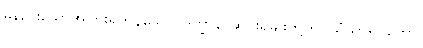
မနည်းသောအပြားရှိကုန်သော။ ဒုက္ခာနိ၊ ဆင်းရဲမျိုးတို့ကို။ သံသာရဂတော၊